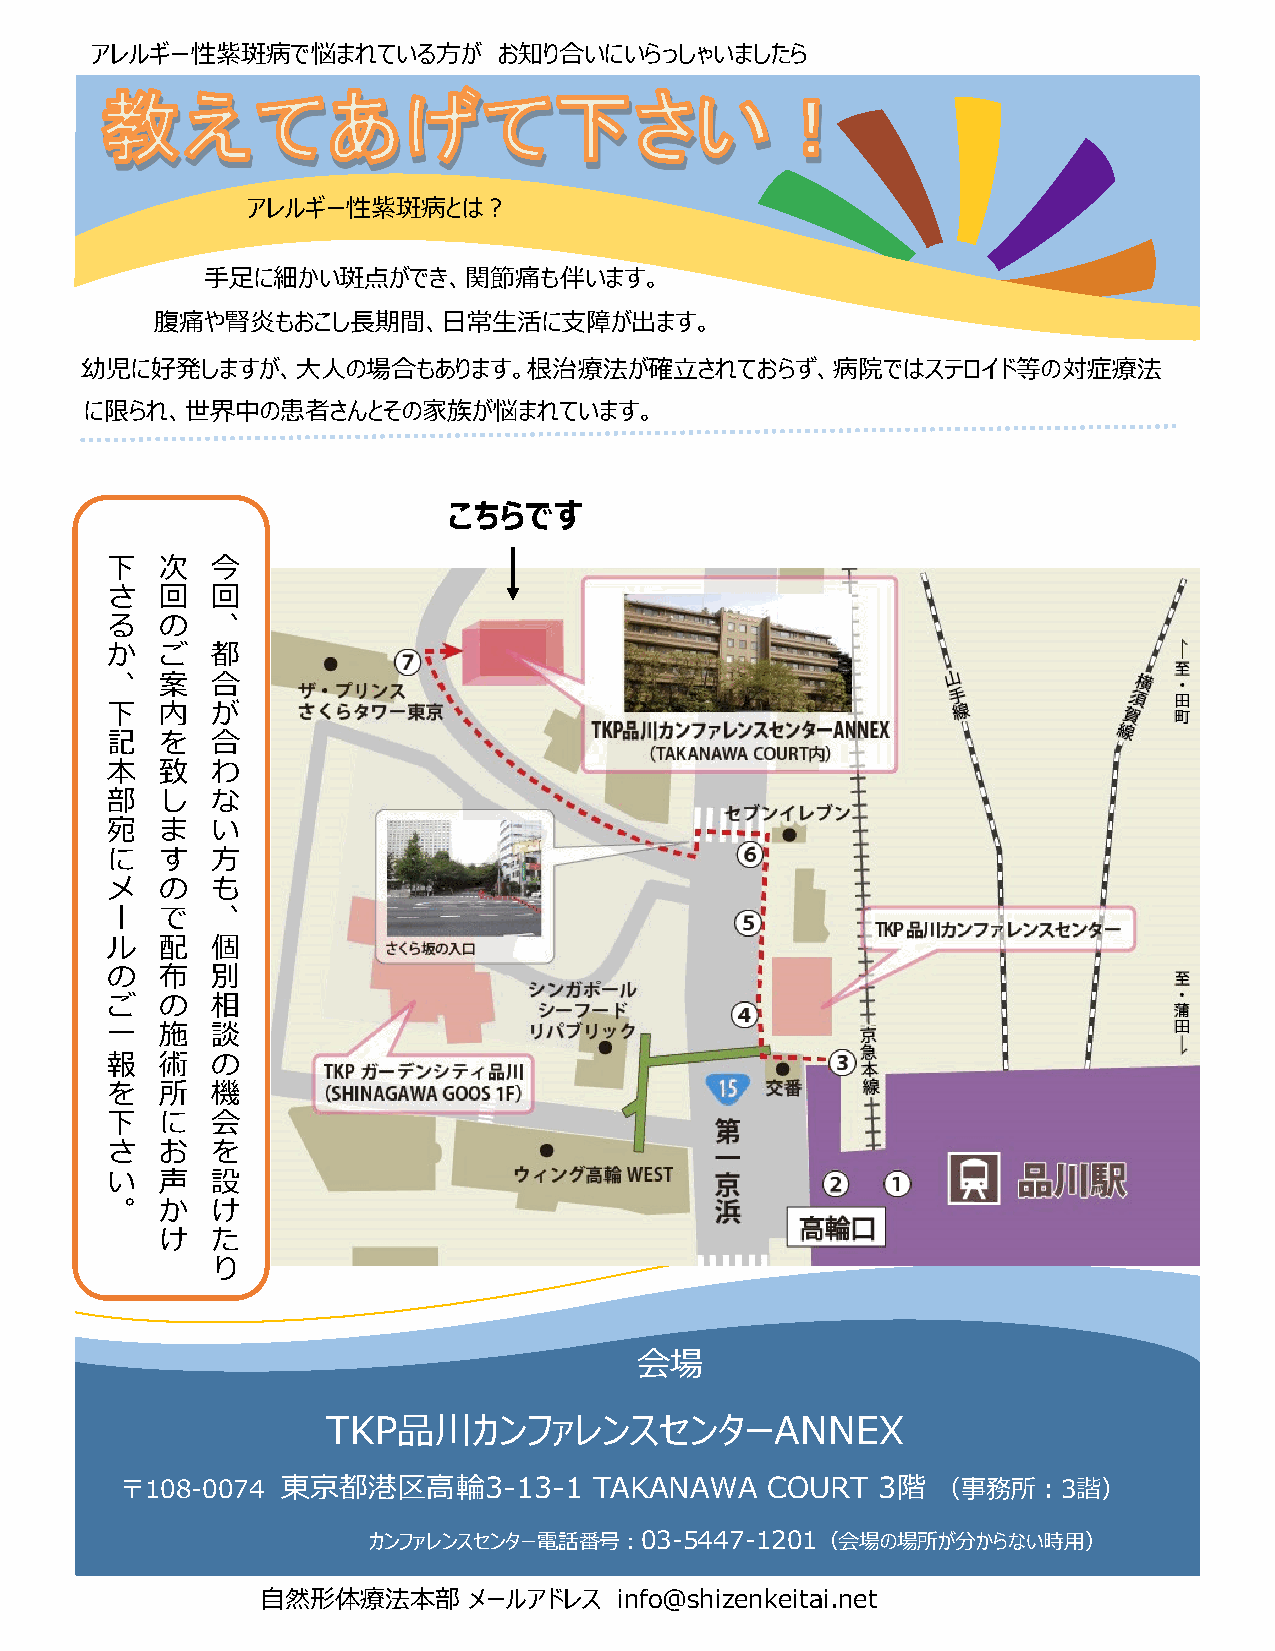
アレルギー性紫斑病で悩まれている方が         お知り合いにいらっしゃいましたら
 アレルギー性紫斑病とは？
 手足に細かい斑点ができ、関節痛も伴います。
 腹痛や腎炎もおこし長期間、日常生活に支障が出ます。
 幼児に好発しますが、大人の場合もあります。根治療法が確立されておらず、病院ではステロイド等の対症療法
 に限られ、世界中の患者さんとその家族が悩まれています。
 こちらです
 下   次  今
 さ   回  回
 る   の  、
 か   ご  都
 、   案  合
 下   内  が            *
 記   を  合
 本   致  わ
 部   し  な
 宛   ま  い
 に   す  方
 メ   の  も
 ー   で  、
 ル   配  個
 の   布  別
 ご   の  相
 一   施  談
 報   術  の
 を   所  機
 下   に  会
 さ   お  を
 い   声  設
 。   か  け
 け  た
 り
 会場
 TKP品川カンファレンスセンターANNEX
 〒108-0074  東京都港区高輪3-13-1       TAKANAWA    COURT  3階  （事務所：3諧）
 カンファレンスセンター電話番号：03-5447-1201（会場の場所が分からない時用）
 自然形体療法本部      メールアドレス   info＠shizenkeitai.net